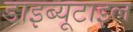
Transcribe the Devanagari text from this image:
डाइब्यूटाइल